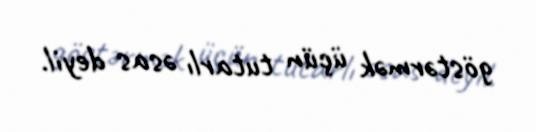
göstərmək üçün tutarlı əsas deyil.